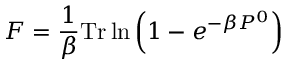
F = \frac { 1 } { \beta } \mathrm { T r } \ln \left( 1 - e ^ { - \beta P ^ { 0 } } \right)